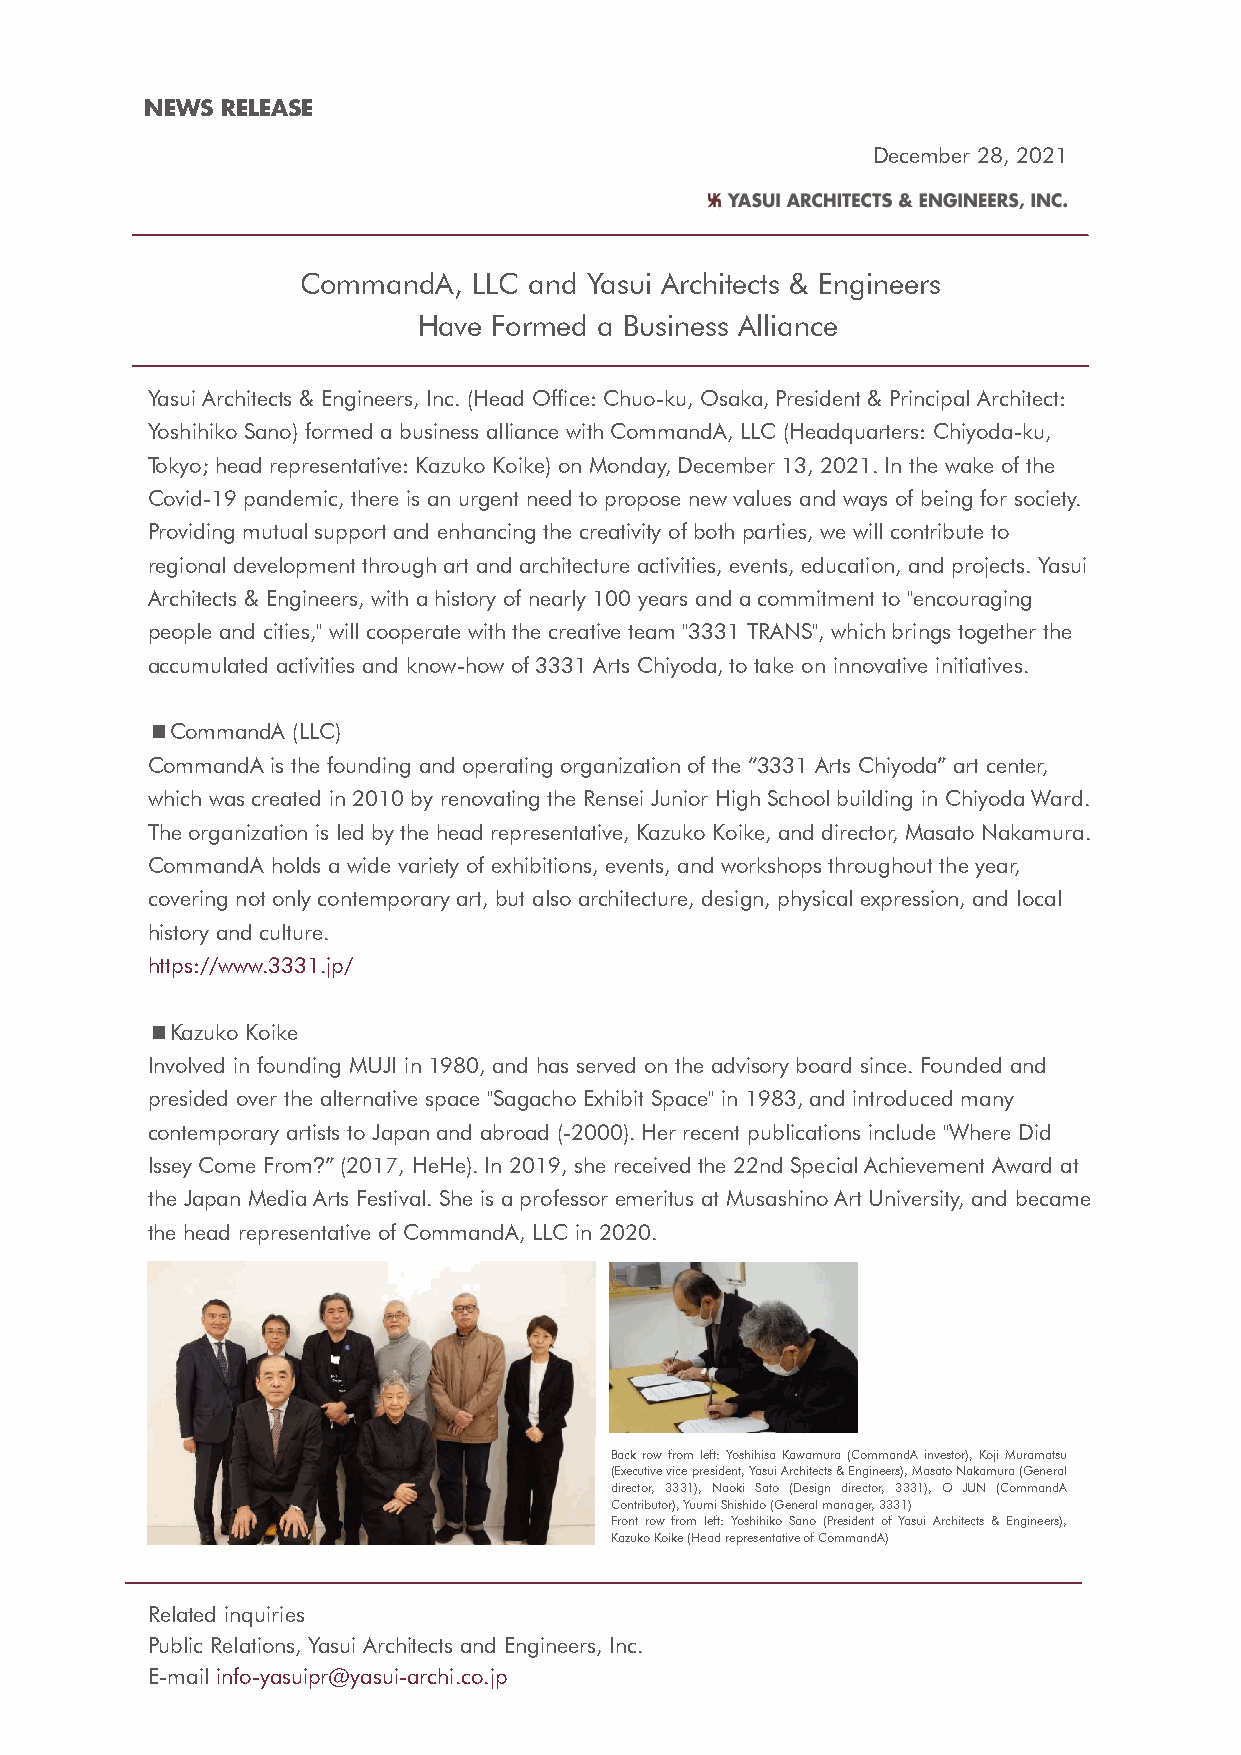
NEWS RELEASE
 December 28, 2021
 CommandA,  LLC and Yasui Architects & Engineers
 Have Formed a Business Alliance
 Yasui Architects & Engineers, Inc. (Head Office: Chuo-ku, Osaka, President & Principal Architect:
 Yoshihiko Sano) formed a business alliance with CommandA, LLC (Headquarters: Chiyoda-ku,
 Tokyo; head representative: Kazuko Koike) on Monday, December 13, 2021. In the wake of the
 Covid-19 pandemic, there is an urgent need to propose new values and ways of being for society.
 Providing mutual support and enhancing the creativity of both parties, we will contribute to
 regional development through art and architecture activities, events, education, and projects. Yasui
 Architects & Engineers, with a history of nearly 100 years and a commitment to "encouraging
 people and cities," will cooperate with the creative team "3331 TRANS", which brings together the
 accumulated activities and know-how of 3331 Arts Chiyoda, to take on innovative initiatives.
 ■CommandA (LLC)
 CommandA is the founding and operating organization of the “3331 Arts Chiyoda” art center,
 which was created in 2010 by renovating the Rensei Junior High School building in Chiyoda Ward.
 The organization is led by the head representative, Kazuko Koike, and director, Masato Nakamura.
 CommandA holds a wide variety of exhibitions, events, and workshops throughout the year,
 covering not only contemporary art, but also architecture, design, physical expression, and local
 history and culture.
 https://www.3331.jp/
 ■Kazuko Koike
 Involved in founding MUJI in 1980, and has served on the advisory board since. Founded and
 presided over the alternative space "Sagacho Exhibit Space" in 1983, and introduced many
 contemporary artists to Japan and abroad (-2000). Her recent publications include "Where Did
 Issey Come From?” (2017, HeHe). In 2019, she received the 22nd Special Achievement Award at
 the Japan Media Arts Festival. She is a professor emeritus at Musashino Art University, and became
 the head representative of CommandA, LLC in 2020.
 Back row from left: Yoshihisa Kawamura (CommandA investor), Koji Muramatsu
 (Executive vice president, Yasui Architects & Engineers), Masato Nakamura (General
 director, 3331), Naoki Sato (Design director, 3331), O JUN (CommandA
 Contributor), Yuumi Shishido (General manager, 3331)
 Front row from left: Yoshihiko Sano (President of Yasui Architects & Engineers),
 Kazuko Koike (Head representative of CommandA)
 Related inquiries
 Public Relations, Yasui Architects and Engineers, Inc.
 E-mail info-yasuipr@yasui-archi.co.jp